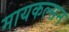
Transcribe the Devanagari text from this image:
मायकल्सन